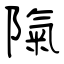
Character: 陱